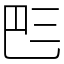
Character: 𠀧